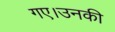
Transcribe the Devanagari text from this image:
गए।उनकी